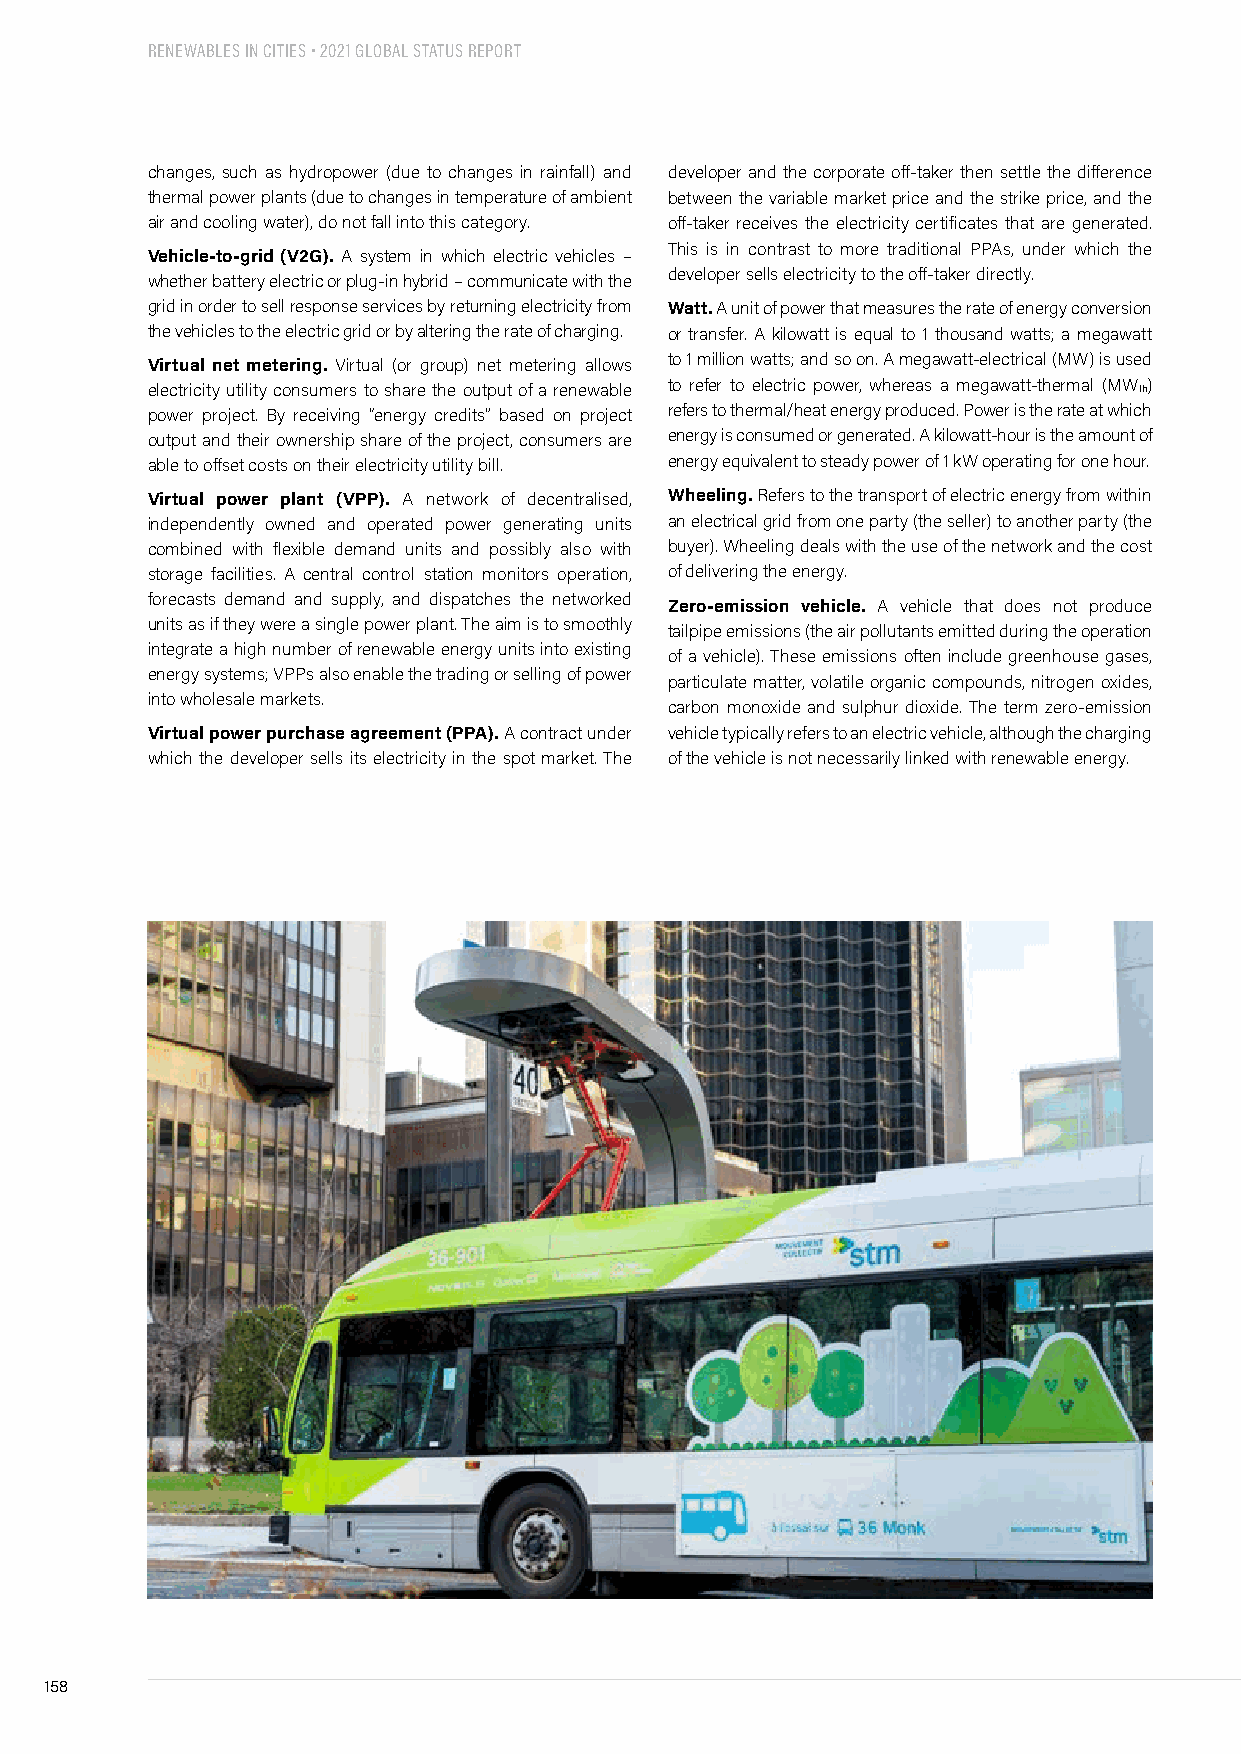
RENEWABLES IN CITIES • 2021 GLOBAL STATUS REPORT
 changes, such as hydropower (due to changes in rainfall) and developer and the corporate off-taker then settle the difference
 thermal power plants (due to changes in temperature of ambient between the variable market price and the strike price, and the
 air and cooling water), do not fall into this category. off-taker receives the electricity certificates that are generated.
 This is in contrast to more traditional PPAs, under which the
 Vehicle-to-grid (V2G). A system in which electric vehicles –
 developer sells electricity to the off-taker directly.
 whether battery electric or plug-in hybrid – communicate with the
 grid in order to sell response services by returning electricity from Watt. A unit of power that measures the rate of energy conversion
 the vehicles to the electric grid or by altering the rate of charging. or transfer. A kilowatt is equal to 1 thousand watts; a megawatt
 Virtual net metering. Virtual (or group) net metering allows to 1 million watts; and so on. A megawatt-electrical (MW) is used
 electricity utility consumers to share the output of a renewable to refer to electric power, whereas a megawatt-thermal (MW th)
 power project. By receiving “energy credits” based on project refers to thermal/heat energy produced. Power is the rate at which
 output and their ownership share of the project, consumers are energy is consumed or generated. A kilowatt-hour is the amount of
 able to offset costs on their electricity utility bill. energy equivalent to steady power of 1 kW operating for one hour.
 Virtual power plant (VPP). A network of decentralised, Wheeling. Refers to the transport of electric energy from within
 independently owned and operated power generating units an electrical grid from one party (the seller) to another party (the
 combined with flexible demand units and possibly also with buyer). Wheeling deals with the use of the network and the cost
 storage facilities. A central control station monitors operation, of delivering the energy.
 forecasts demand and supply, and dispatches the networked
 Zero-emission vehicle. A vehicle that does not produce
 units as if they were a single power plant. The aim is to smoothly
 tailpipe emissions (the air pollutants emitted during the operation
 integrate a high number of renewable energy units into existing
 of a vehicle). These emissions often include greenhouse gases,
 energy systems; VPPs also enable the trading or selling of power
 particulate matter, volatile organic compounds, nitrogen oxides,
 into wholesale markets.
 carbon monoxide and sulphur dioxide. The term zero-emission
 Virtual power purchase agreement (PPA). A contract under vehicle typically refers to an electric vehicle, although the charging
 which the developer sells its electricity in the spot market. The of the vehicle is not necessarily linked with renewable energy.
 158